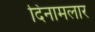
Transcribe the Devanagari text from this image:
दिनामलार